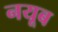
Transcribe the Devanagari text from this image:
नयूब